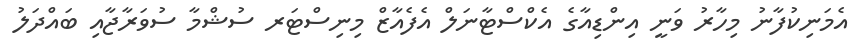
އެމަނިކުފާނު މިހާރު ވަނީ އިންޑިއާގެ އެކްސްޓާނަލް އެފެއާޒް މިނިސްޓަރ ސުޝްމާ ސުވަރާޖާއި ބައްދަލު